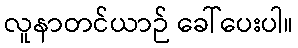
လူနာတင်ယာဉ် ခေါ်ပေးပါ။